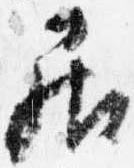
居